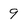
Character: 9